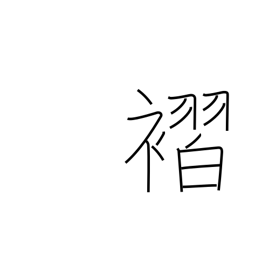
Meaning: pleats